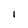
Character: l